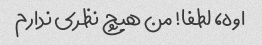
اوه، لطفا! من هیچ نظری ندارم